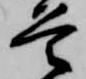
首